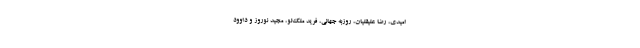
امیدی، رضا علیقلیان، روزبه جهانی، فرید ملک‌لو، مجید نوروز و داوود